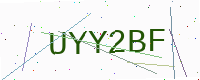
Text: UYY2BF